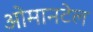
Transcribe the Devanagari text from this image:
ओमानटेल